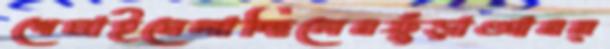
শেমাইমেলাচ্ছিলেনফুঁড়াআনন্